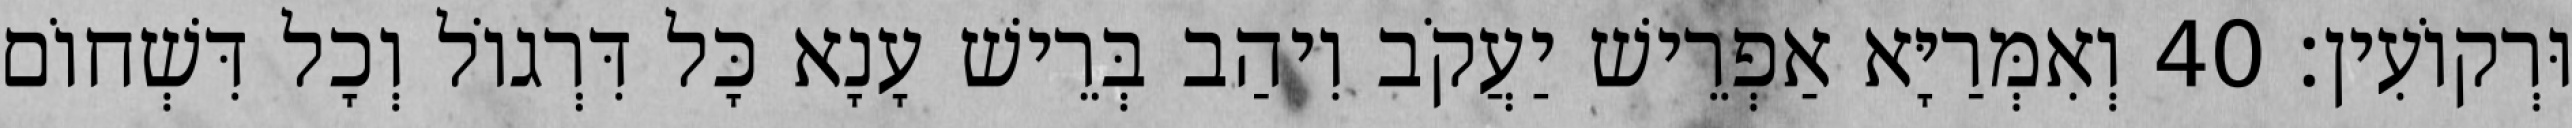
וּרְקוֹעִין׃ 40 וְאִמְּרַיָּא אַפְרֵישׁ יַעֲקֹב וִיהַב בְּרֵישׁ עָנָא כָּל דִּרְגוֹל וְכָל דִּשְׁחוֹם